Indian journal of veterinary science and animal husbandry - Volumes 15-17, 1948-1951
Year: 1948
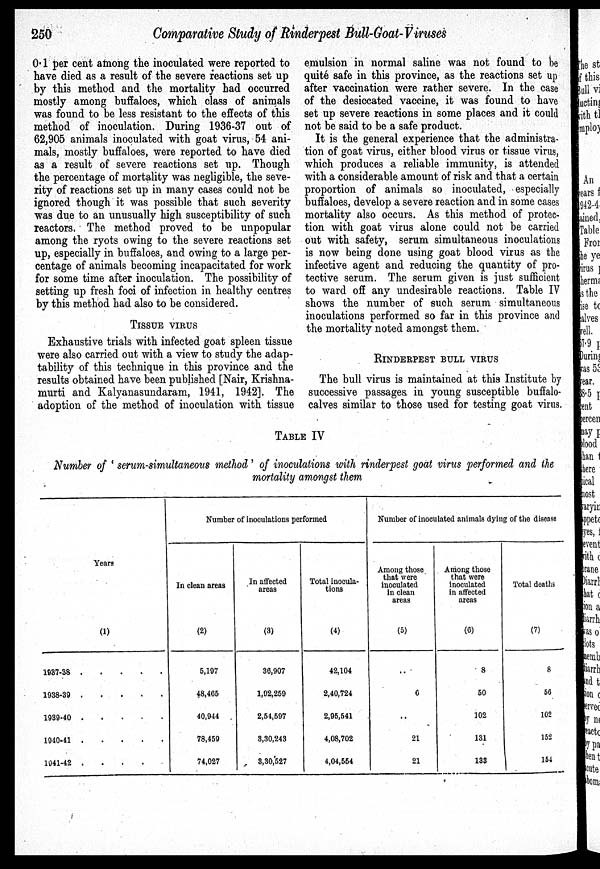
250
Comparative Study of Rinderpest Bull-Goat-Viruses
0.1 per cent among the inoculated were reported to
have died as a result of the severe reactions set up
by this method and the mortality had occurred
mostly among buffaloes, which class of animals
was found to be less resistant to the effects of this
method of inoculation. During 1936-37 out of
62,905 animals inoculated with goat virus, 54 ani-
mals, mostly buffaloes, were reported to have died
as a result of severe reactions set up. Though
the percentage of mortality was negligible, the seve-
rity of reactions set up in many cases could not be
ignored though it was possible that such severity
was due to an unusually high susceptibility of such
reactors. The method proved to be unpopular
among the ryots owing to the severe reactions set
up, especially in buffaloes, and owing to a large per-
centage of animals becoming incapacitated for work
for some time after inoculation. The possibility of
setting up fresh foci of infection in healthy centres
by this method had also to be considered.
TISSUE VIRUS
Exhaustive trials with infected goat spleen tissue
were also carried out with a view to study the adap-
tability of this technique in this province and the
results obtained have been published [Nair, Krishna-
murti and Kalyanasundaram, 1941, 1942]. The
adoption of the method of inoculation with tissue
emulsion in normal saline was not found to be
quite safe in this province, as the reactions set up
after vaccination were rather severe. In the case
of the desiccated vaccine, it was found to have
set up severe reactions in some places and it could
not be said to be a safe product.
It is the general experience that the administra-
tion of goat virus, either blood virus or tissue virus,
which produces a reliable immunity, is attended
with a considerable amount of risk and that a certain
proportion of animals so inoculated, especially
buffaloes, develop a severe reaction and in some cases
mortality also occurs. As this method of protec-
tion with goat virus alone could not be carried
out with safety, serum simultaneous inoculations
is now being done using goat blood virus as the
infective agent and reducing the quantity of pro-
tective serum. The serum given is just sufficient
to ward off any undesirable reactions. Table IV
shows the number of such serum simultaneous
inoculations performed so far in this province and
the mortality noted amongst them.
RINDERPEST BULL VIRUS
The bull virus is maintained at this Institute by
successive passages in young susceptible buffalo-
calves similar to those used for testing goat virus.
TABLE IV
Number of ' serum-simultaneous method' of inoculations with rinderpest goat virus performed and the
mortality amongst them
Years
(1)
1937-38 . . . . .
1938-39 . . . . .
1939-40 . . . . .
1940-41 . . . . .
1941-42 . . . . .
Number of inoculations performed
In clean areas
(2)
5,197
48,465
40,944
78,459
74,027
In affected
areas
(3)
36,907
1,92,259
2,54,597
3,30,243
3,30,527
Total inocula-
tions
(4)
42,104
2,40,724
2,95,541
4,08,702
4,04,554
Number of inoculated animals dying of the disease
Among those
that were
inoculated
in clean
areas
(5)
..
6
..
21
21
Among those
that were
inoculated
in affected
areas
(6)
8
50
102
131
133
Total deaths
(7)
8
56
102
152
154